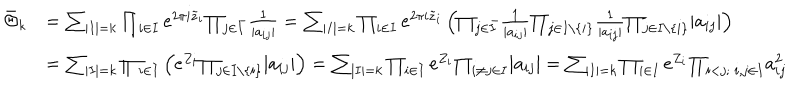
\begin{array} { r l } { { \bar { \Theta } _ { k } } } & { { = { \sum } _ { | I | = k } \prod _ { i \in I } e ^ { 2 \pi i \tilde { z } _ { i } } { \prod _ { j \in { \bar { I } } } } { \frac { 1 } { | a _ { i j } | } } = { \sum } _ { | I | = k } \prod _ { i \in I } e ^ { 2 \pi i \tilde { z } _ { i } } \left( { \prod _ { j \in { \bar { I } } } } { \frac { 1 } { | a _ { i j } | } } { \prod _ { j \in I \setminus \{ i \} } } { \frac { 1 } { | a _ { i j } | } } { \prod _ { j \in I \setminus \{ i \} } } | a _ { i j } | \right) } } \\ { { } } & { { = { \sum } _ { | I | = k } \prod _ { i \in I } \left( e ^ { Z _ { i } } { \prod _ { j \in I \setminus \{ i \} } } | a _ { i j } | \right) = { \sum } _ { | I | = k } \prod _ { i \in I } e ^ { Z _ { i } } { \prod _ { i \ne j \in I } } | a _ { i j } | = { \sum } _ { | I | = k } \prod _ { i \in I } e ^ { Z _ { i } } { \prod _ { i < j ; \ i , j \in I } } a _ { i j } ^ { 2 } } } \\ \end{array}